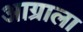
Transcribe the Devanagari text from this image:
आग्राला